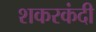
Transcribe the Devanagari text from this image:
शकरकंदी